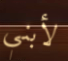
لأبني